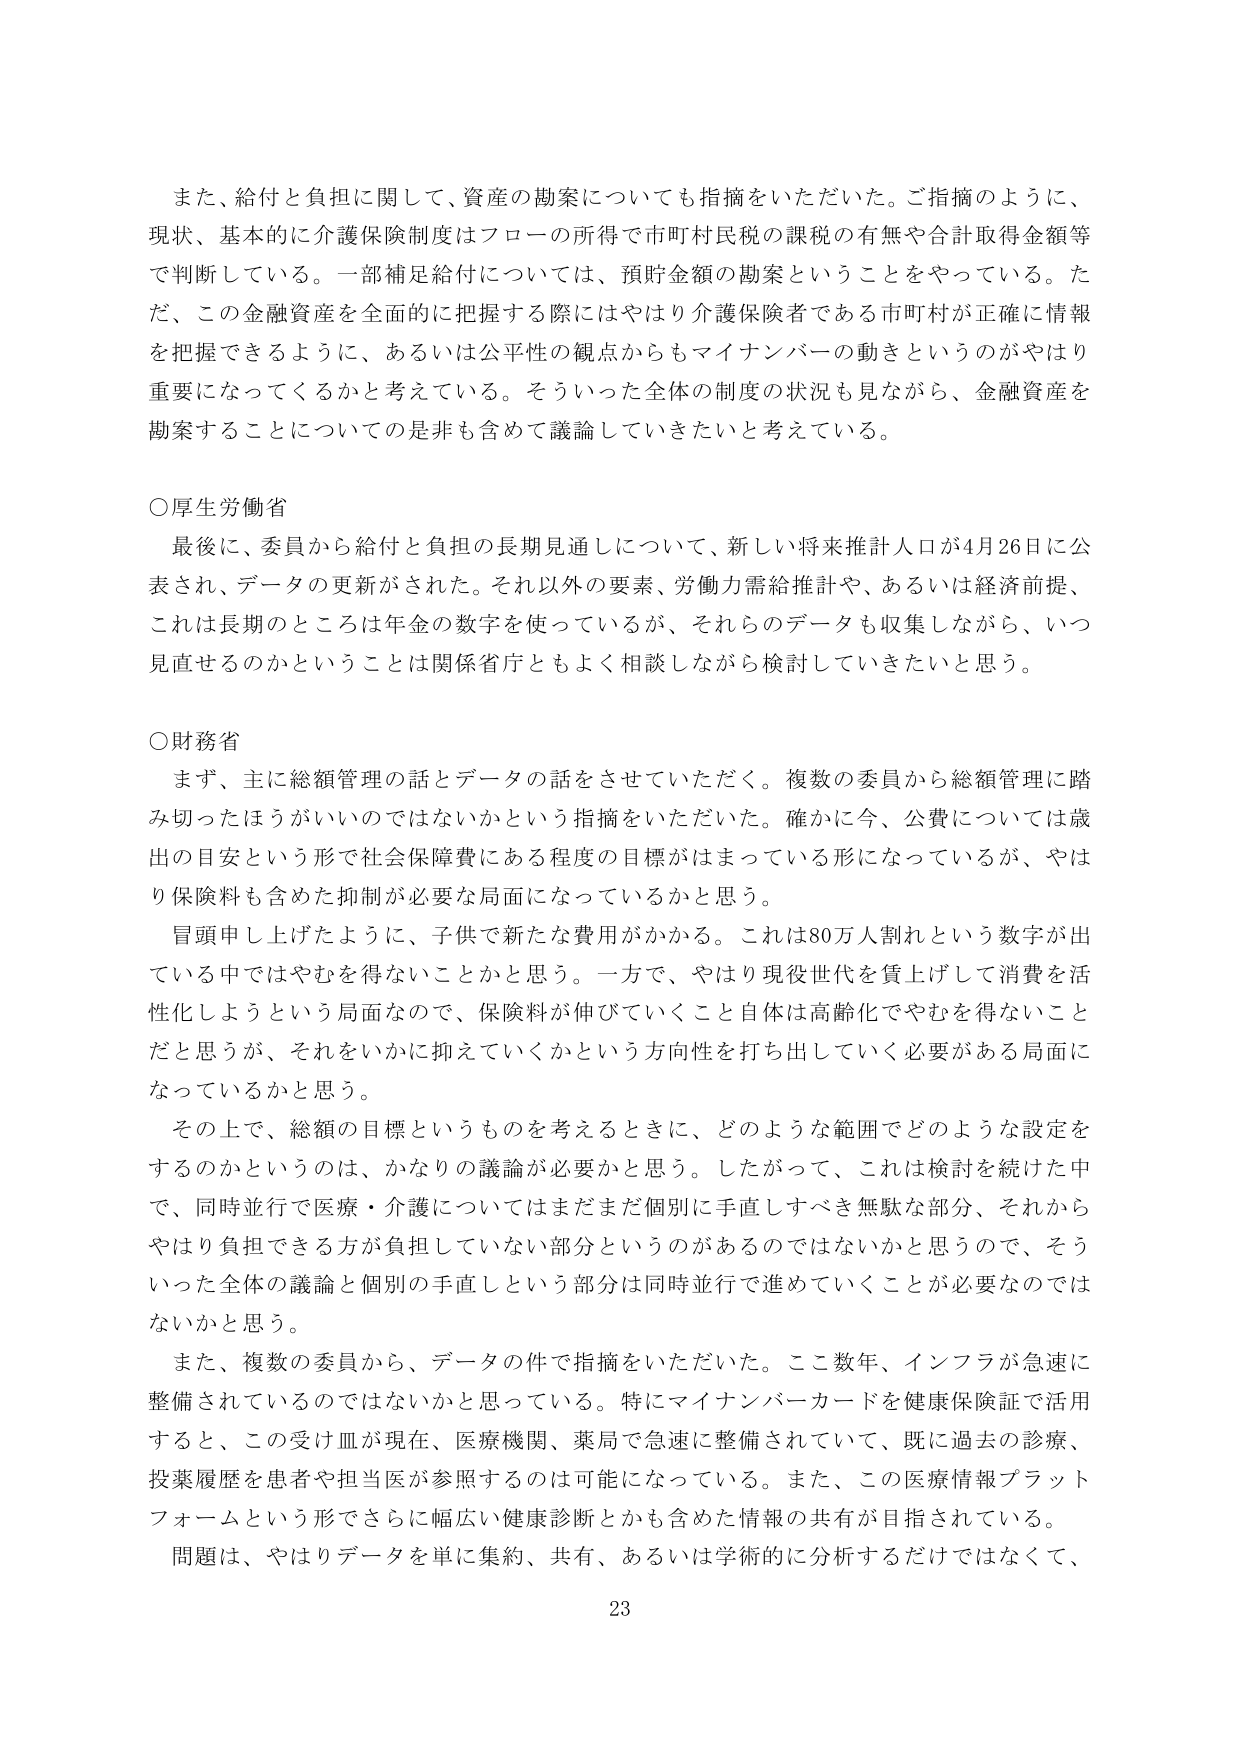
また、給付と負担に関して、資産の勘案についても指摘をいただいた。ご指摘のように、現状、基本的に介護保険制度はフローの所得で市町村民税の課税の有無や合計取得金額等で判断している。一部補足給付については、預貯金額の勘案ということをやっている。ただ、この金融資産を全面的に把握する際にはやはり介護保険者である市町村が正確に情報を把握できるように、あるいは公平性の観点からもマイナンバーの動きというのがやはり重要になってくるかと考えている。そういった全体の制度の状況も見ながら、金融資産を勘案することについては是非も含めて議論していきたいと考えている。

○厚生労働省
最後に、委員から給付と負担の長期見通しについて、新しい将来推計人口が4月26日に公表され、データの更新がされた。それ以外の要素、労働力需給推計や、あるいは経済前提、これは長期のところは年金の数字を使っているが、それらのデータも収集しながら、いつ見直せるのかということは関係省庁ともよく相談しながら検討していきたいと思う。

○財務省
まず、主に総額管理の話とデータの話をさせていただく。複数の委員から総額管理に踏み切ったほうがいいのではないかという指摘をいただいた。確かに今、公費については歳出の目安という形で社会保障費にある程度の目標がはまっている形になっているが、やはり保険料も含めた抑制が必要な局面になっているかと思う。
冒頭申し上げたように、子供で新たな費用がかかる。これは80万人割れという数字が出ている中ではやむを得ないことかと思う。一方で、やはり現役世代を賃上げして消費を活性化しようという局面なので、保険料が伸びていくこと自体は高齢化でやむを得ないことだと思うが、それをいかに抑えていくかという方向性を打ち出していく必要がある局面になっているかと思う。
その上で、総額の目標というものを考えるときに、どのような範囲でどのような設定をするのかというのは、かなりの議論が必要かと思う。したがって、これは検討を続けた中で、同時並行で医療・介護についてはまだまだ個別に手直しすべき無駄な部分、それからやはり負担できる方が負担していない部分というのがあるのではないかと思うので、そういった全体の議論と個別の手直しという部分は同時並行で進めていくことが必要ではないかと思う。
また、複数の委員から、データの件で指摘をいただいた。ここ数年、インフラが急速に整備されているのではないかと思っている。特にマイナンバーカードを健康保険証で活用すると、この受付皿が現在、医療機関、薬局で急速に整備されていて、既に過去の診療、投薬履歴を患者や担当医が参照するのは可能になっている。また、この医療情報プラットフォームという形でさらに幅広い健康診断とかも含めた情報の共有が目指されている。
問題は、やはりデータを単に集約、共有、あるいは学術的に分析するだけではなくて、

23